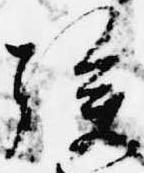
族